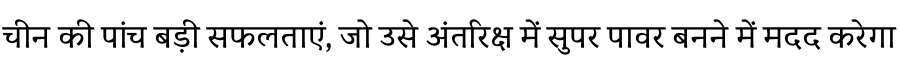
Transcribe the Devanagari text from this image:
चीन की पांच बड़ी सफलताएं, जो उसे अंतरिक्ष में सुपर पावर बनने में मदद करेगा